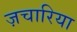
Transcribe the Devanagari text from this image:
ज़चारिया